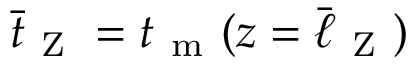
\bar { t } _ { \mathrm { ~ Z ~ } } = t _ { \mathrm { ~ m ~ } } ( z = \bar { \ell } _ { \mathrm { ~ Z ~ } } )